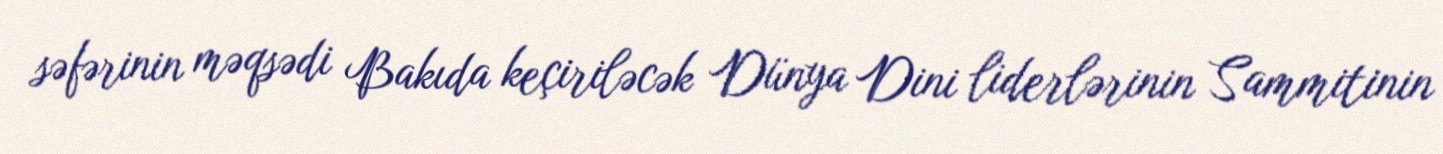
səfərinin məqsədi Bakıda keçiriləcək Dünya Dini liderlərinin Sammitinin